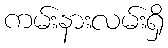
ကမ်းနားလမ်းရှိ